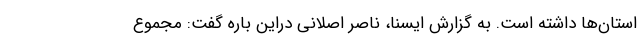
استان‌ها داشته است. به گزارش ایسنا، ناصر اصلانی دراین باره گفت: مجموع